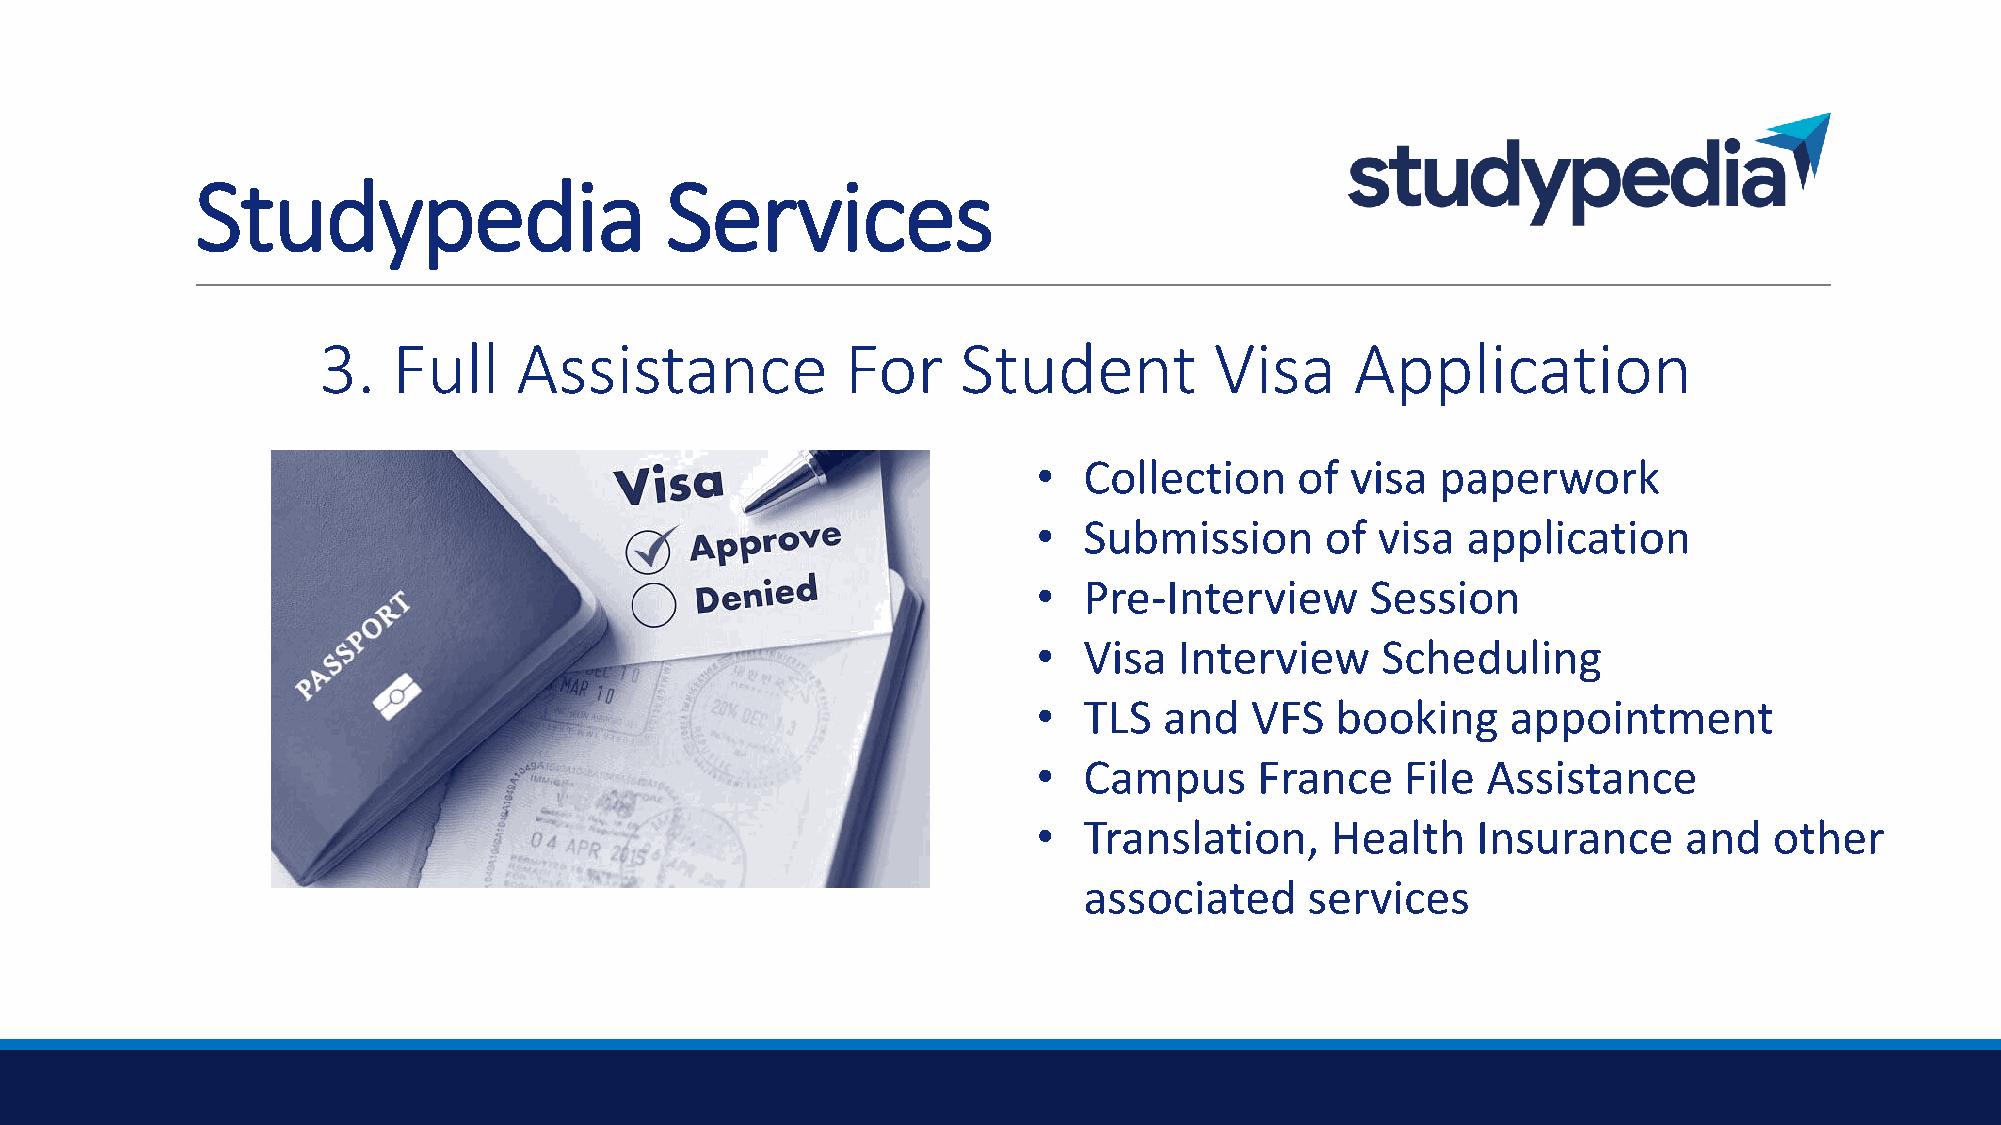
Studypedia                     Services
 3.   Full    Assistance            For     Student         Visa      Application
 •  Collection    of visa  paperwork
 •  Submission      of visa  application
 •  Pre-Interview      Session
 •  Visa  Interview    Scheduling
 •  TLS  and   VFS  booking     appointment
 •  Campus     France    File Assistance
 •  Translation,    Health    Insurance     and  other
 associated     services